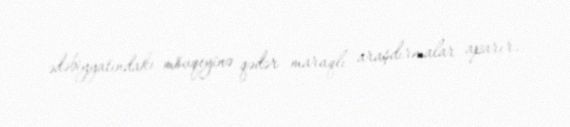
ədəbiyyatındakı mövqeyinə qədər maraqlı araşdırmalar aparır.